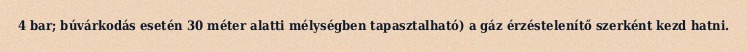
4 bar; búvárkodás esetén 30 méter alatti mélységben tapasztalható) a gáz érzéstelenítő szerként kezd hatni.